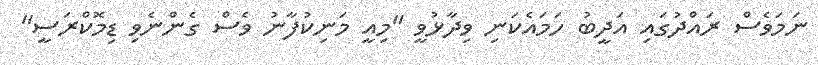
ނަމަވެސް ރައްދުގައި އަދީބު ހަމައެކަނި ވިދާޅުވީ "މިއީ މަނިކުފާނު ވެސް ގެންނެވި ޑިމޮކްރަސީ"